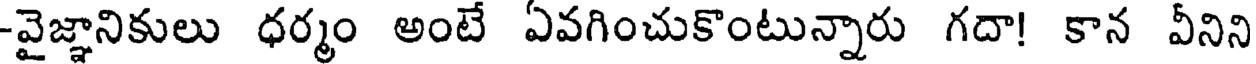
-వైజ్ఞానికులు ధర్మం అంటే ఏవగించుకొంటున్నారు గదా! కాన వీనిని